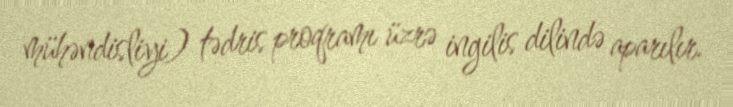
mühəndisliyi) tədris proqramı üzrə ingilis dilində aparılır.